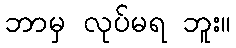
ဘာမှ လုပ်မရ ဘူး။